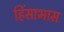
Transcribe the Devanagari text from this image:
हिंसाभास